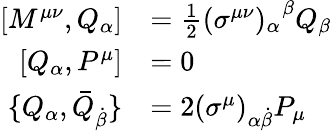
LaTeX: {\begin{array}{rl}{\left[M^{\mu\nu},Q_{\alpha}\right]}&{={\frac{1}{2}}(\sigma^{\mu\nu})_{\alpha}^{\; \; \beta}Q_{\beta}}\\ {\left[Q_{\alpha},P^{\mu}\right]}&{=0}\\ {\{ Q_{\alpha},{\bar{Q}}_{\dot{\beta}}\} }&{=2(\sigma^{\mu})_{\alpha{\dot{\beta}}}P_{\mu}}\end{array}}